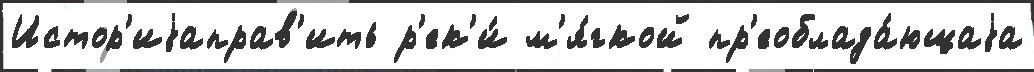
Истор'иjаправ'ить р'ек'и́ м'я́гкой пр'еоблада́ющаjа